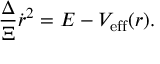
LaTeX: \frac { \Delta } { \Xi } \dot { r } ^ { 2 } = E - V _ { \mathrm { e f f } } ( r ) .